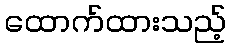
ထောက်ထားသည့်